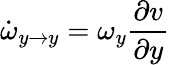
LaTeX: \dot{\omega}_{y\rightarrow y}=\omega_{y}\frac{\partial v}{\partial y}